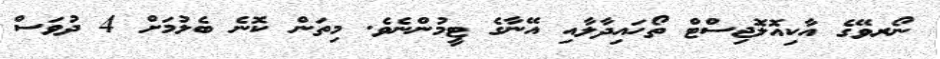
ނޯރވޭގެ އާކިއޮލޮޖިސްޓް ތޯހައިދާލާއި އޭނާގެ ޓީމުންނެވެ. މިތަން ކޮނެ ބެލުމަށް 4 ދުވަސް